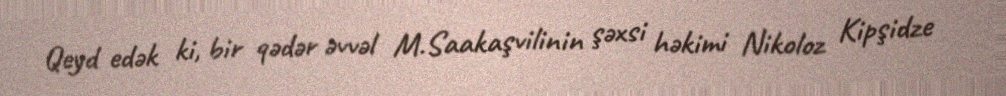
Qeyd edək ki, bir qədər əvvəl M.Saakaşvilinin şəxsi həkimi Nikoloz Kipşidze